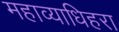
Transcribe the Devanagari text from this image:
महाव्याधिहरा